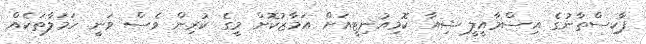
ޕާކިސްތާނުގެ އިސްމާއީލީ ޝިއާ ކޮމިއުނިޓީއަށް އަމާޒުކޮށް މީގެ ކުރިން ވެސް ވަނީ ހަމަލާތަކެއް